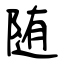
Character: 随